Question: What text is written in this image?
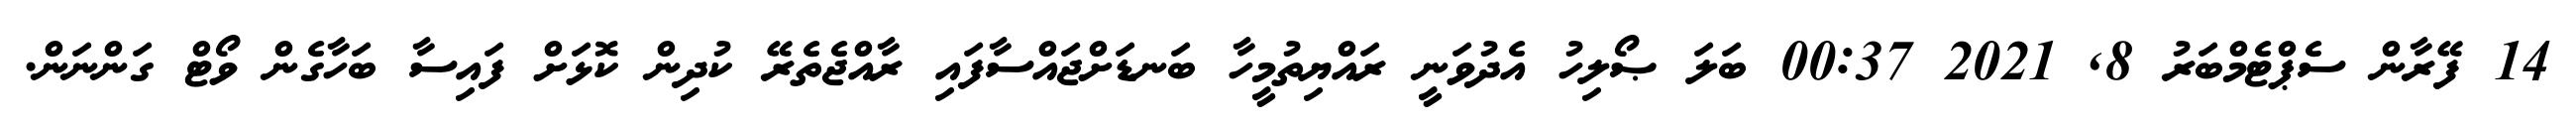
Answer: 14 ފޭރާން ސެޕްޓެމްބަރު 8, 2021 00:37 ބަލަ ޞޯލިހު އެދުވަނީ ރައްޔިތުމީހާ ބަނޑަށްޖައްސާފައި ރާއްޖެތެރޭ ކުދިން ކޮޅަށް ފައިސާ ބަހާގެން ވޯޓް ގަންނަން.